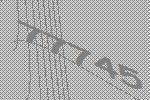
77745